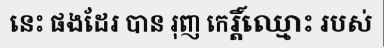
នេះ ផងដែរ បាន រុញ កេរ្តិ៍ឈ្មោះ របស់